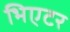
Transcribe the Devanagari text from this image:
भिएटर